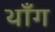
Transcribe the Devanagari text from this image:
थाँग